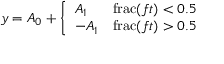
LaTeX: y = A _ { 0 } + { \left\{ \begin{array} { l l } { A _ { 1 } } & { \operatorname { f r a c } ( f t ) < 0 . 5 } \\ { - A _ { 1 } } & { \operatorname { f r a c } ( f t ) > 0 . 5 } \end{array} \right. }